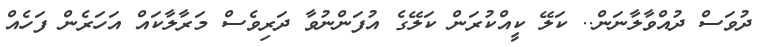
ދުވަސް ދުއްވާލާނަން.. ކަލޭ ކީއްކުރަން ކަލޭގެ އުފަންނުވާ ދަރިވެސް މަރާލާކައް އަހަރެން ފަހެއް